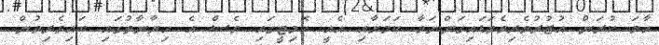
ހާމަ ކުރަން އުޒުރުވެރިވެވަޑައިގަންނަވާ ކަމަށާއި އެއީ ކޮމިޓީގައި ވެސް އެ ހިޔާނާތުގައި ބައިވެރިވުން